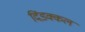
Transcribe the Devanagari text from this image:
दिंडक्कल